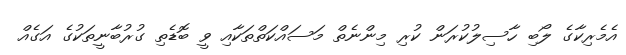
އެމެރިކާގެ ލޯބި ހާސިލުކުރަން ކުރި މިންނެތް މަސައްކަތްތަކާއި ވީ ބޮޑެތި ގުރުބާނީތަކުގެ އަގެއް